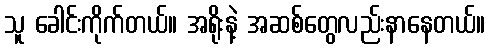
သူ ခေါင်းကိုက်တယ်။ အရိုးနဲ့ အဆစ်တွေလည်းနာနေတယ်။